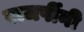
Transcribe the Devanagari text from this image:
राजर्षीनी